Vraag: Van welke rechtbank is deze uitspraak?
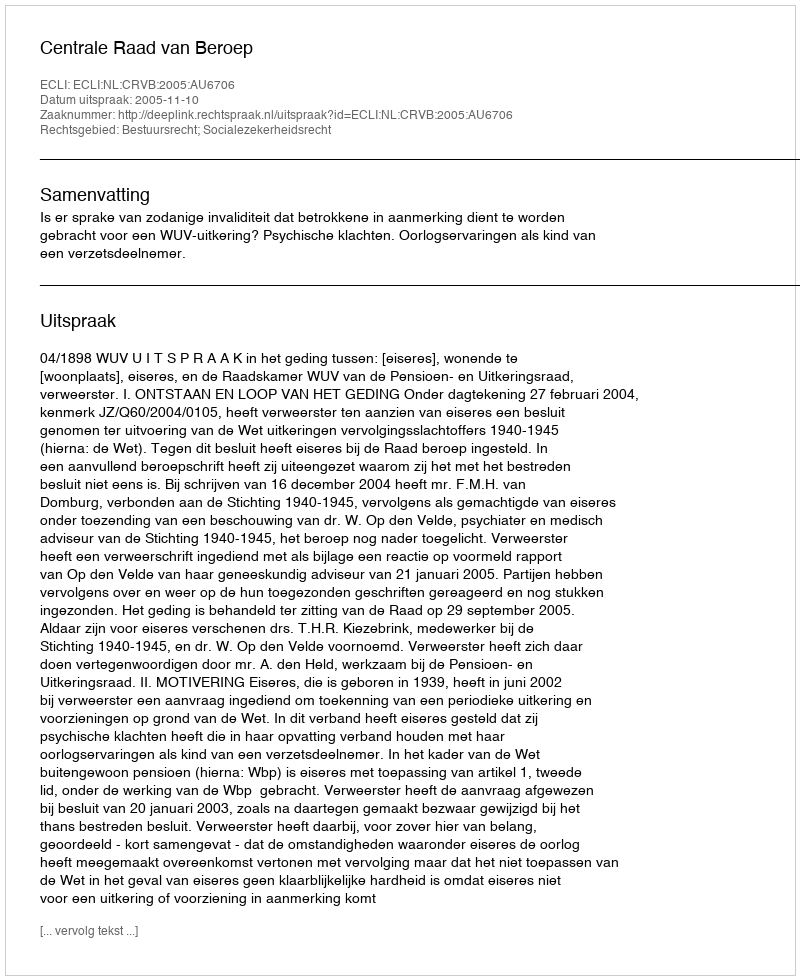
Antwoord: Centrale Raad van Beroep